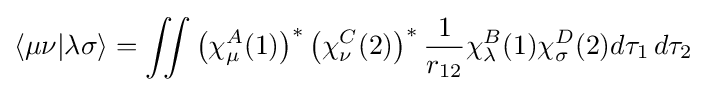
\langle \mu \nu |\lambda \sigma \rangle =\iint \left(\mathbf {\chi } _{\mu }^{A}(1)\right)^{*}\left(\mathbf {\chi } _{\nu }^{C}(2)\right)^{*}{\frac {1}{r_{12}}}\mathbf {\chi } _{\lambda }^{B}(1)\mathbf {\chi } _{\sigma }^{D}(2)d\tau _{1}\,d\tau _{2}\